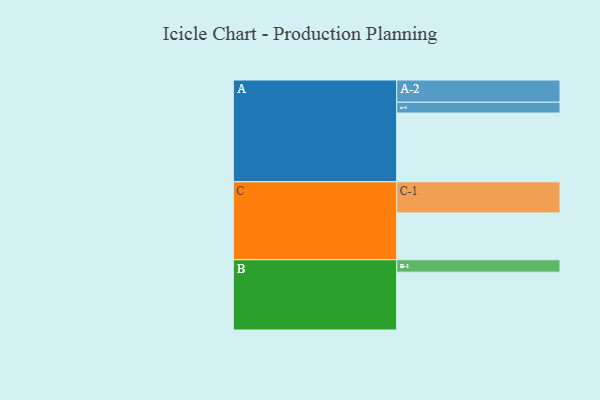
{"axis": {"x": "Segment", "y": "Value"}, "legend": ["", "A", "B", "C"], "data": [{"x": "A", "y": 554, "type": ""}, {"x": "B", "y": 466, "type": ""}, {"x": "C", "y": 377, "type": ""}, {"x": "A-1", "y": 87, "type": "A"}, {"x": "A-2", "y": 179, "type": "A"}, {"x": "B-1", "y": 100, "type": "B"}, {"x": "C-1", "y": 251, "type": "C"}]}